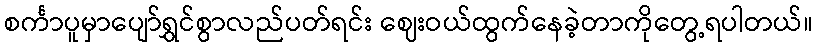
စင်္ကာပူမှာပျော်ရွှင်စွာလည်ပတ်ရင်း ဈေးဝယ်ထွက်နေခဲ့တာကိုတွေ့ရပါတယ်။